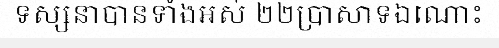
ទស្សនាបានទាំងអស់ ២២ប្រាសាទឯណោះ